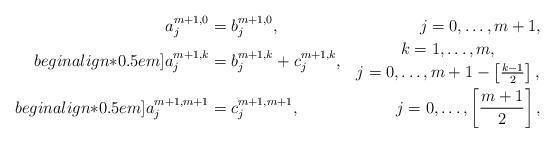
LaTeX: \begin{align*}a_j^{m+1,0}&=b_j^{m+1,0},&j=0,\dots,m+1,\\begin{align*}0.5em]a_j^{m+1,k}&=b_j^{m+1,k}+c_j^{m+1,k},&\genfrac{}{}{0pt}{}{k=1,\dots,m,}{j=0,\dots,m+1-\left[\frac{k-1}{2}\right],}\\begin{align*}0.5em]a_j^{m+1,m+1}&=c_j^{m+1,m+1},&j=0,\dots,\left[\frac{m+1}{2}\right],\end{align*}